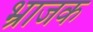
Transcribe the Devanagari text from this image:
भ्राजक